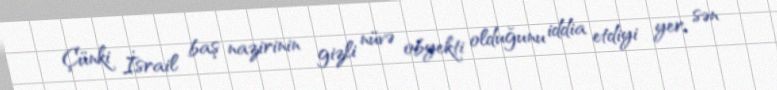
Çünki İsrail baş nazirinin gizli nüvə obyekti olduğunu iddia etdiyi yer, sən